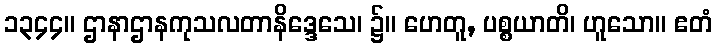
၁၃၄၄။ ဌာနာဌာနကုသလတာနိဒ္ဒေသေ၊ ၌။ ဟေတူ, ပစ္စယာတိ၊ ဟူသော။ ဧတံ